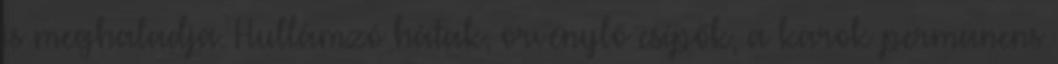
is meghaladja. Hullámzó hátak, örvénylő csípők, a karok permanens